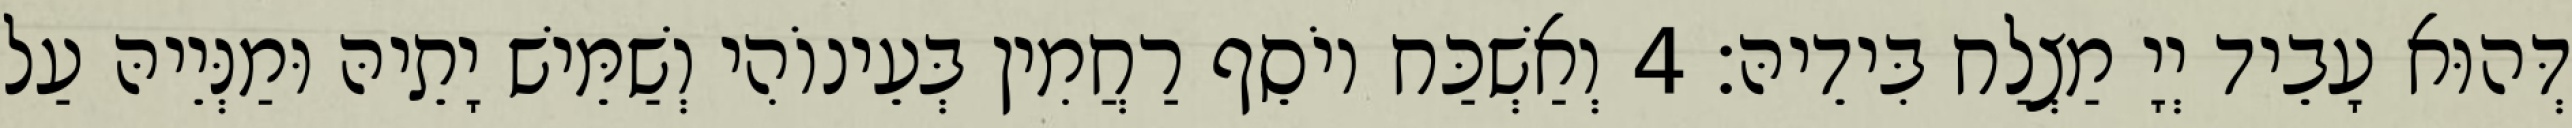
דְּהוּא עָבֵיד יְיָ מַצְלַח בִּידֵיהּ׃ 4 וְאַשְׁכַּח יוֹסֵף רַחֲמִין בְּעֵינוֹהִי וְשַׁמֵּישׁ יָתֵיהּ וּמַנְּיֵיהּ עַל